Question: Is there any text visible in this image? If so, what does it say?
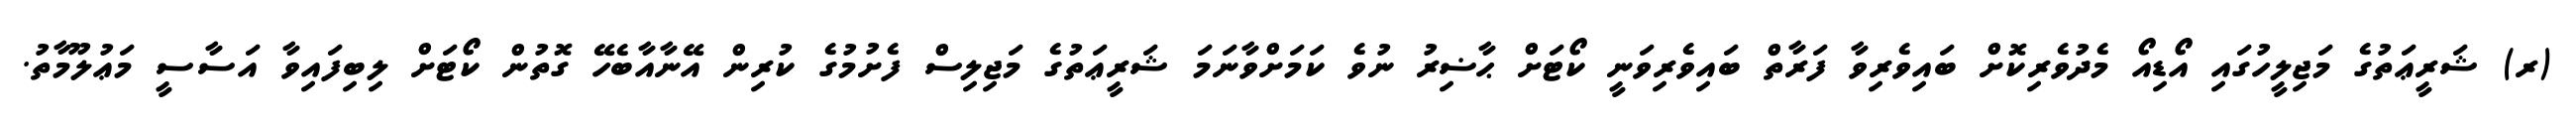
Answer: (ރ) ޝަރީޢަތުގެ މަޖިލީހުގައި އޯޑިއޯ މެދުވެރިކޮށް ބައިވެރިވާ ފަރާތް ބައިވެރިވަނީ ކޯޓަށް ޙާޟިރު ނުވެ ކަމަށްވާނަމަ ޝަރީޢަތުގެ މަޖިލިސް ފެށުމުގެ ކުރިން އޭނާއާބެހޭ ގޮތުން ކޯޓަށް ލިބިފައިވާ އަސާސީ މަޢުލޫމާތު.